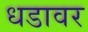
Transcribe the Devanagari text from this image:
धडावर